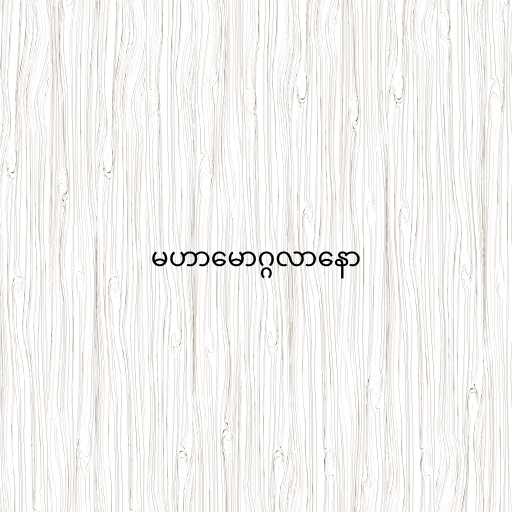
မဟာမောဂ္ဂလာနော